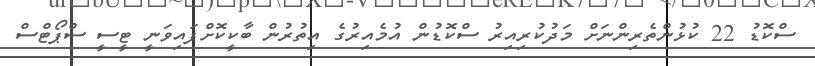
ސްކޮޑު 22 ކުޅުންތެރިންނަށް މަދުކުރިއިރު ސްކޮޑުން އުމެއިރުގެ އިތުރުން ބާކީކޮށްފައިވަނީ ޓީސީ ސްޕޯޓްސް